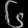
Digit: ၆